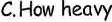
C.How heavy